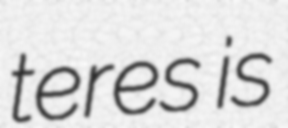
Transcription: teres is